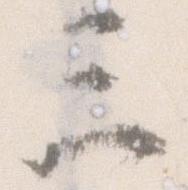
三